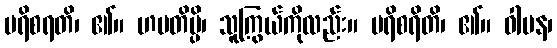
ပရိစရတိ၊ ၏။ ဟပတိမ္ပိ၊ သူကြွယ်ကိုလည်း။ ပရိစရိတိ၊ ၏။ ဝါပန၊